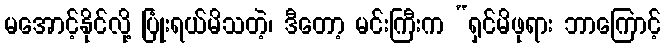
မအောင့်နိုင်လို့ ပြုံးရယ်မိသတဲ့၊ ဒီတော့ မင်းကြီးက “ရှင်မိဖုရား ဘာကြောင့်